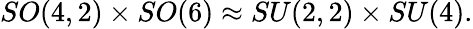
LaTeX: SO(4,2)\times SO(6)\approx SU(2,2)\times SU(4).